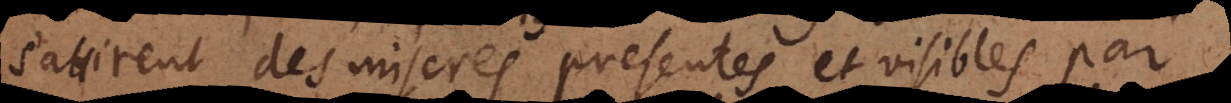
s’attirent des miseres presentes et visibles par